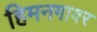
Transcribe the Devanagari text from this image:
हिमनगावर